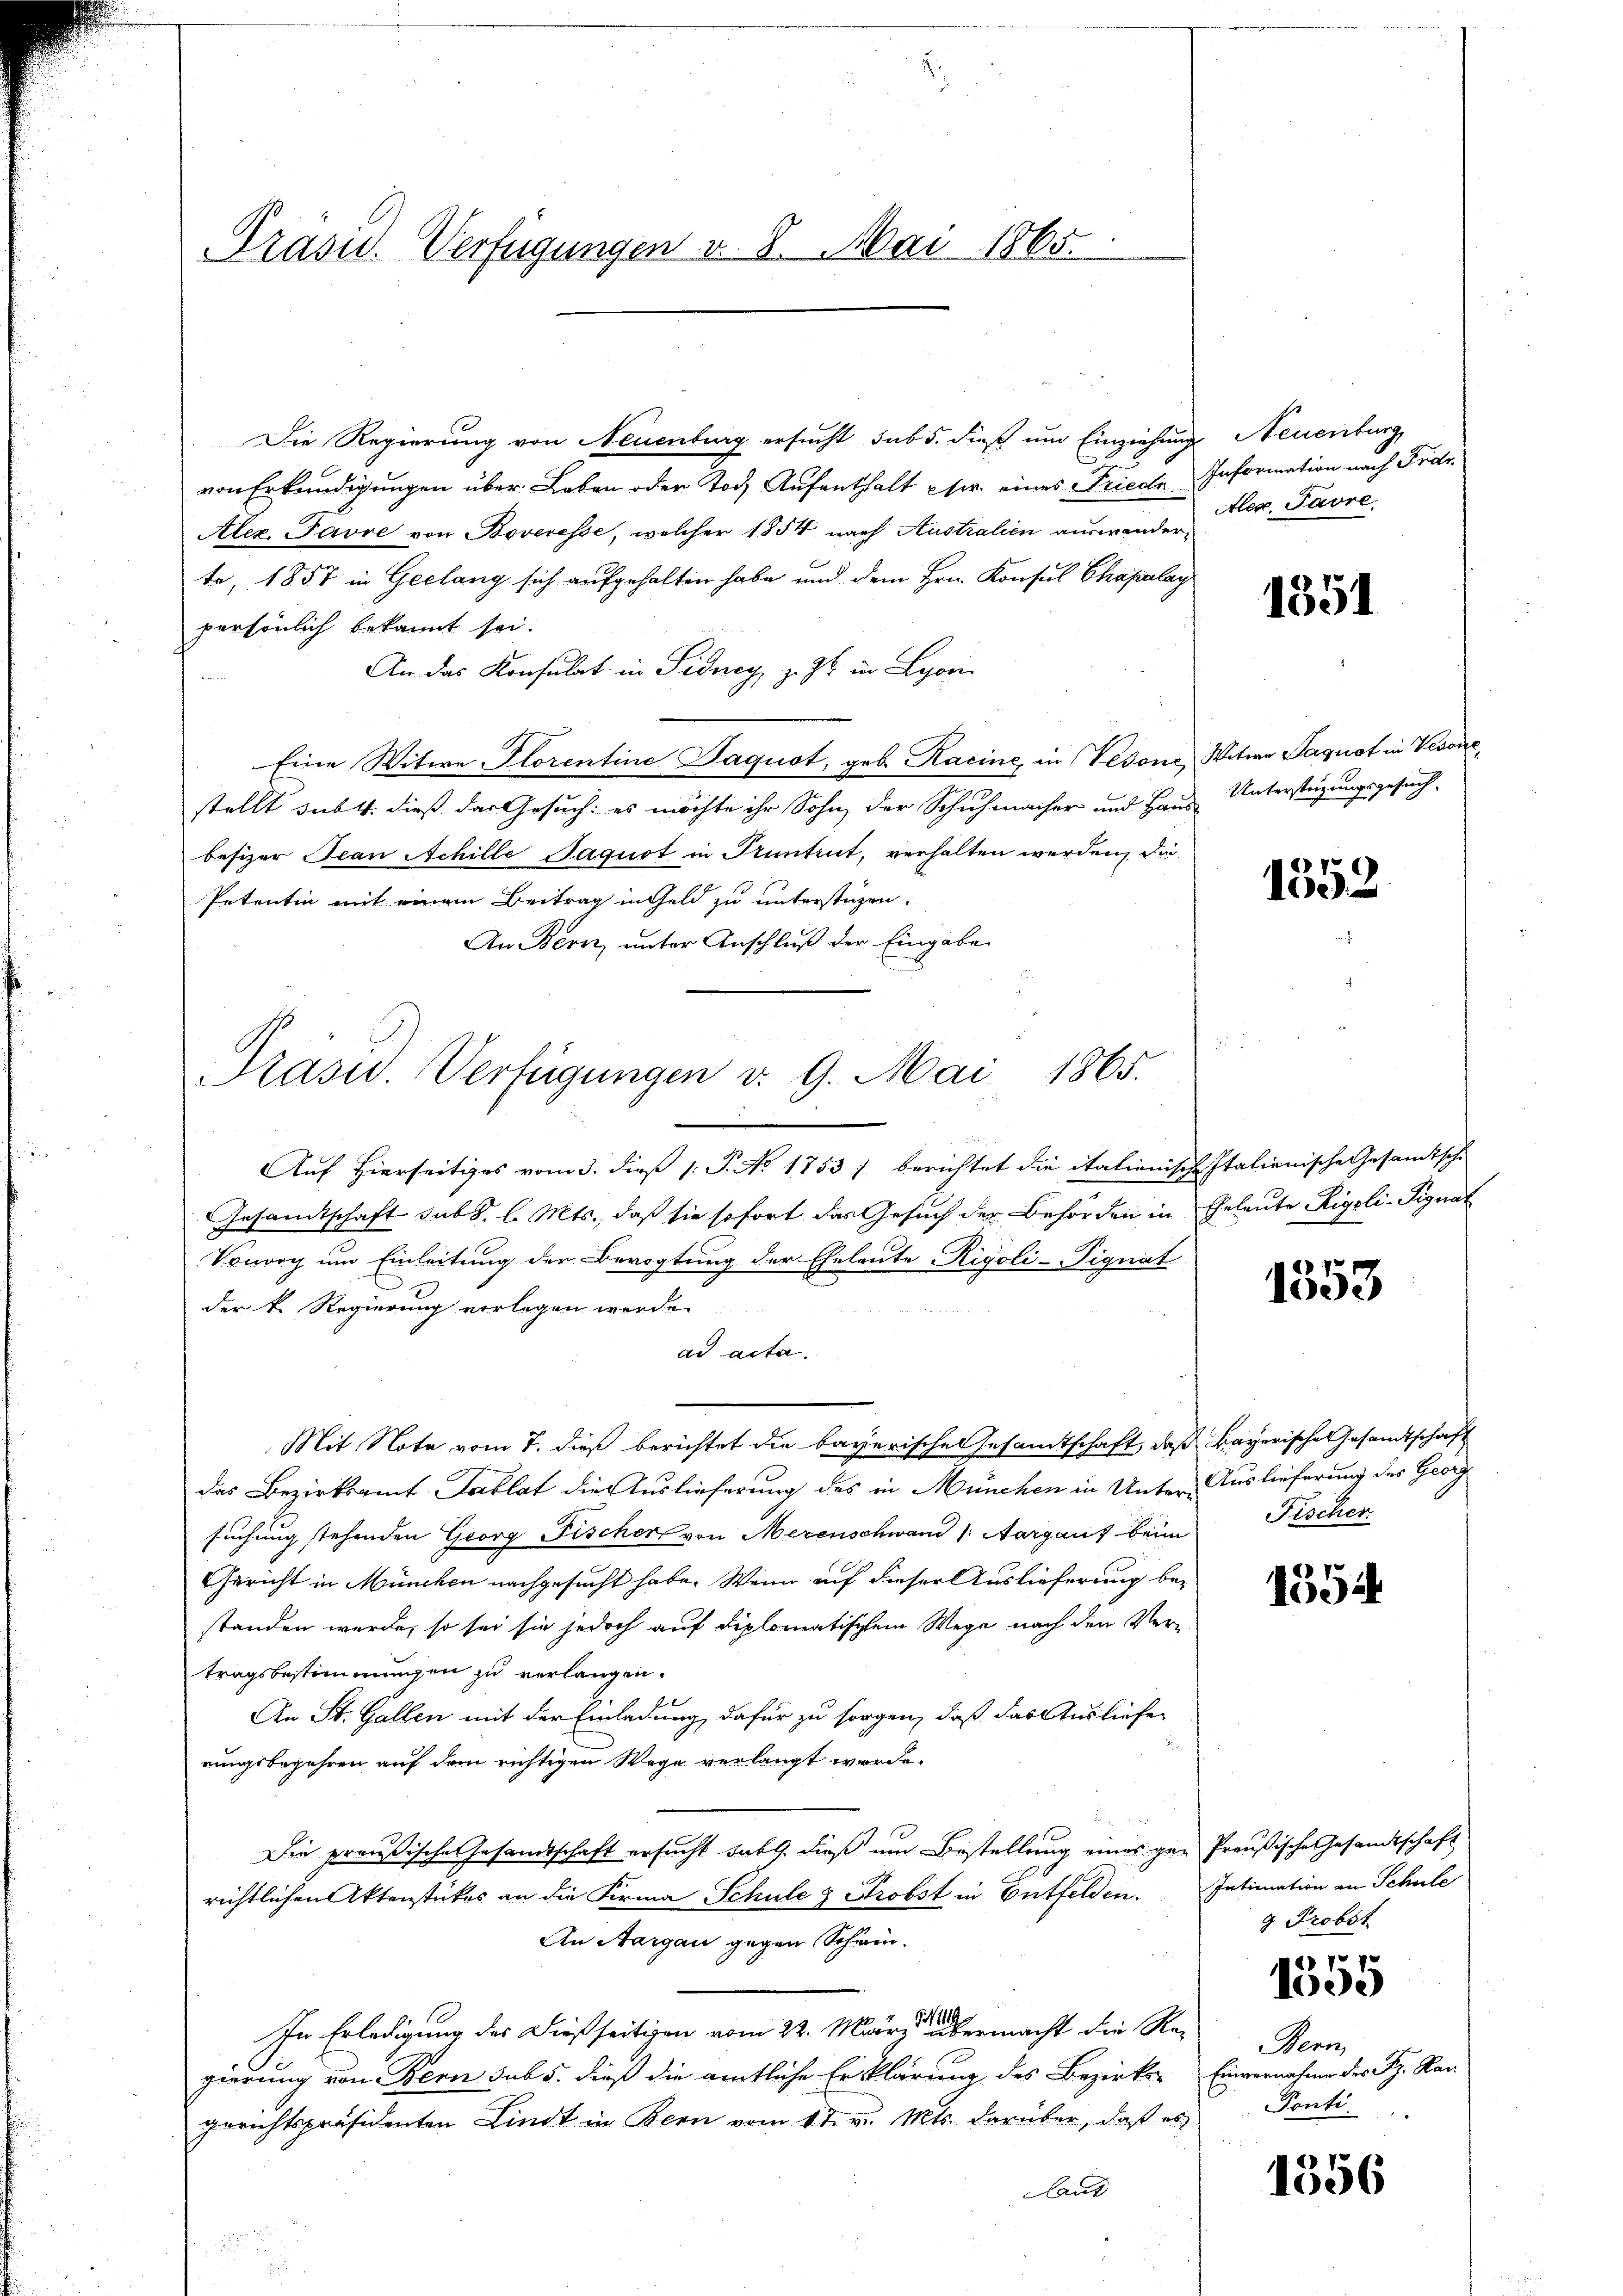
Präsid. Verfügungen v. 8. Mai 1865.

Die Regierung von Neuenburg ersucht sub 5. dieß um Einziehungs Neuenburg,
von Erkundigungen über Leben oder Tod Aufenthalt eser eines Frieche Information nach Frei¬
Alex, avve von Boveresse, welcher 1854 nach Australien auswanderte, 1857 in Geelang sich aufgehalten habe und dem Hrn. Konsul Chapalag
persönlich bekannt sei.
An das Konsulat in Sidney, z. Zt. in Lyon
Eine Witwe Florentine Jaquot, geb. Kacine, in Verone, Witwe Paquat in Verone,
stellt sub 4. dieß das Gesuch: es möchte ihr Sohn, der Schuhmacher und Haus Unterstüzungsgesuch-
besizer Jean Schille Paquot in Kuntrut, verhalten werden, die
Petentin mit einem Beitrag in Geld zu unterstüzen.
An Bern, unter Anschluß der Eingabe
Auf Hierseitiges vom 3. dieß P. No 1753 / berichtet die italienische Italienische Gesamtsche
Gesandtschaft sub. l. Mts., daß sie sofort das Gesuch der Behörden in Eheleute Rigoli-Signat
Vouvry um Einleitung der Bevogtung der Eheleute Rigoli-Pignat
der k. Regierung vorlegen werde.
ad acta.
Mit Note vom 7. dieß berichtet die bayerische Gesamtschaft, daß Bayerischen Gesandtschaft
das Bezirksamt Tablat die Auslieferung des in München in Unter-Auslieferung des Georg
suchung stehenden Georg Fischer von Merenschwand (Aargauf beim
Gericht in München nachgesucht habe. Wenn auf dieser Auslieferung be-
standen werde, so sei sie jedoch auf diplomatischem Wege nach den Vertragsbestimmungen zu verlangen.
An St. Gallen mit der Einladung, dafür zu sorgen, daß das Ausliefe
.
rungsbegehren auf dem richtigen Wege verlangt werde.

Die preußische Gesandtschaft ersucht satt. dieß um Bestellung eines gen Preußische Gesandtschaft
richtlichen Aktenstückes an die Firma Schule & Probst in Entfelden. Intimation an Schule
An Aargau gegen Schwin-
In Erledigung des dießseitigen vom 22. März abermacht die Regierung von Bern sub 5. dieß die amtliche Erklärung des Bezirks- Einvernahme des Fr. Ran
gerichtspräsidenten Lindt in Bern vom 1 t v. Mts. darüber, daß es
Laut
s
.

Präsid.. Verfügungen v. 9. Mai 1865.

Alex. Favre,

1351

1352

1353

Fischer

1554

9 Probst

21 V.
i

eno
Ponti

1556